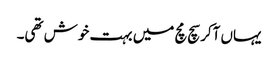
یہاں آکر سچ مچ میں بہت خوش تھی۔